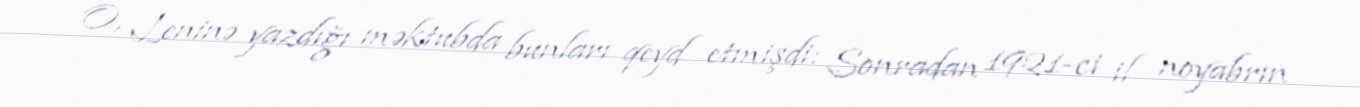
O, Leninə yazdığı məktubda bunları qeyd etmişdi: Sonradan 1921-ci il noyabrın